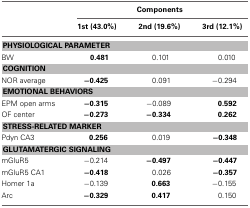
<table><thead><tr><td></td><td colspan="3"><b>Components</b></td></tr><tr><td></td><td><b>1st (43.0%)</b></td><td><b>2nd (19.6%)</b></td><td><b>3rd (12.1%)</b></td></tr></thead><tbody><tr><td colspan="4"><b>PHYSIOLOGICAL PARAMETER</b></td></tr><tr><td>BW</td><td><b>0.481</b></td><td>0.101</td><td>0.010</td></tr><tr><td colspan="4"><b>COGNITION</b></td></tr><tr><td>NOR average</td><td><b>−0.425</b></td><td>0.091</td><td>−0.294</td></tr><tr><td colspan="4"><b>EMOTIONAL BEHAVIORS</b></td></tr><tr><td>EPM open arms</td><td><b>−0.315</b></td><td>−0.089</td><td><b>0.592</b></td></tr><tr><td>OF center</td><td><b>−0.273</b></td><td><b>−0.334</b></td><td><b>0.262</b></td></tr><tr><td colspan="4"><b>STRESS-RELATED MARKER</b></td></tr><tr><td>Pdyn CA3</td><td><b>0.256</b></td><td>0.019</td><td><b>−0.348</b></td></tr><tr><td colspan="4"><b>GLUTAMATERGIC SIGNALING</b></td></tr><tr><td>mGluR5</td><td>−0.214</td><td><b>−0.497</b></td><td><b>−0.447</b></td></tr><tr><td>mGluR5 CA1</td><td><b>−0.418</b></td><td>0.026</td><td><b>−0.357</b></td></tr><tr><td>Homer 1a</td><td>−0.139</td><td><b>0.663</b></td><td>−0.155</td></tr><tr><td>Arc</td><td><b>−0.329</b></td><td><b>0.417</b></td><td>0.150</td></tr></tbody></table>